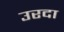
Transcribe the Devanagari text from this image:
उरदा